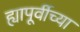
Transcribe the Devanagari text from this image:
ह्यापूर्वीच्या